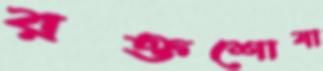
রক্তশোষা